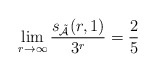
\begin{align*} \lim_{r\to\infty}\frac{s_{\mathcal{\tilde{A}}}(r,1)}{3^r}=\frac{2}{5}\end{align*}